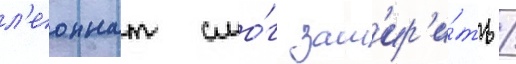
л'еоннат смо́г зам'ир'и́ть /